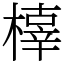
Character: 橭